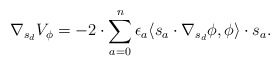
\begin{align*}\nabla_{s_d}V_{\phi} = -2 \cdot \sum_{a=0}^n \epsilon_a \langle s_a \cdot \nabla_{s_d} \phi, \phi \rangle \cdot s_a.\end{align*}